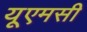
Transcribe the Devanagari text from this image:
यूएमसी